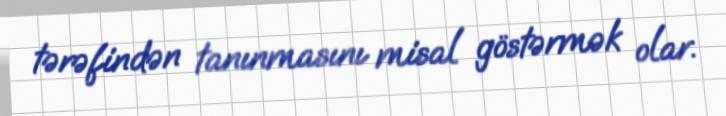
tərəfindən tanınmasını misal göstərmək olar.